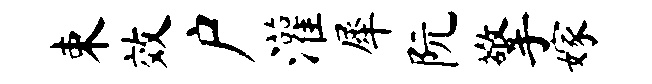
束效户灌犀阮擎嫁